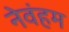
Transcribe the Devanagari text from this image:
नेवंहम